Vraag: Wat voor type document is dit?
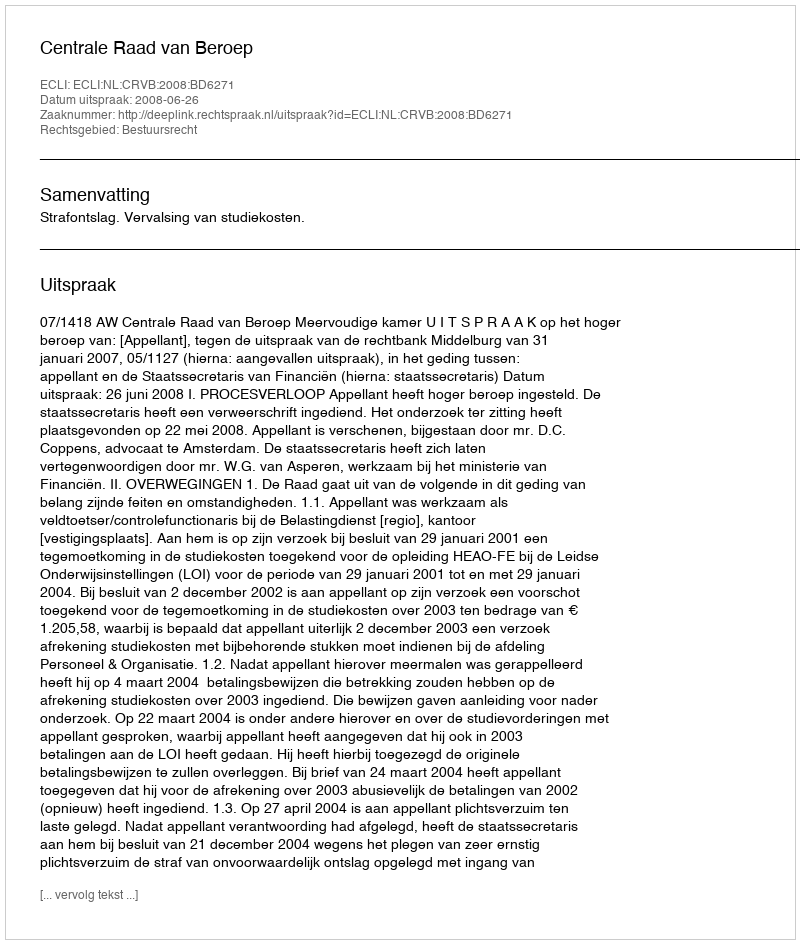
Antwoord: Uitspraak